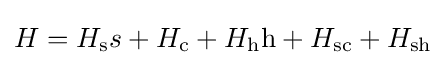
H=H_{\text{s}}s+H_{\text{c}}+H_{\text{h}}{\text{h}}+H_{\text{sc}}+H_{\text{sh}}